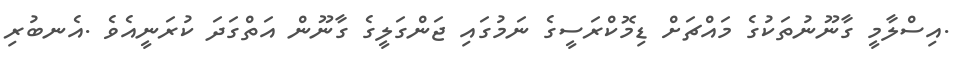
.އިސްލާމީ ގާނޫނުތަކުގެ މައްޗަށް ޑިމޮކްރަސީގެ ނަމުގައި ޖަންގަލީގެ ގާނޫން އަތްގަދަ ކުރަނީއެވެ .އެނބުރި